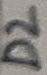
Text: D2